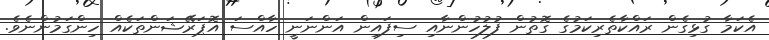
އެކަމާ ގުޅިގެން ރައްކާތެރިކަމުގެ ގޮތުން ފުލުހުންނާއި ސިފައިން އަންނަނީ ހާއްސަ އޮޕަރޭޝަންތަކެއް ހިންގަމުންނެވެ.